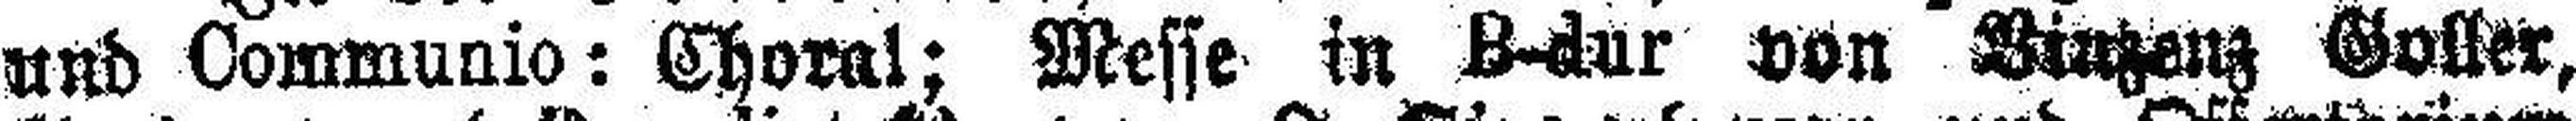
und Communio: Choral; Messe in B-dur von Vinzenz Goller,